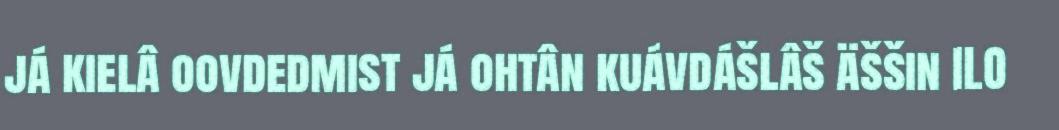
já kielâ oovdedmist já ohtân kuávdášlâš äššin ILO